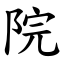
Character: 院